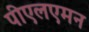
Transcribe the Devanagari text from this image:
पीएलएमन